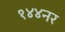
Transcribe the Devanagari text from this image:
१४४नर